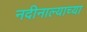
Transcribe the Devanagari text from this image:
नदीनाल्याच्या